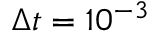
\Delta { t } = 1 0 ^ { - 3 }